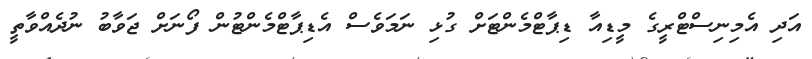
އަދި އެމިނިސްޓްރީގެ މީޑިއާ ޑިޕާޓްމެންޓަށް ގުޅި ނަމަވެސް އެޑިޕާޓްމެންޓުން ފޯނަށް ޖަވާބު ނުދެއްވާތީ